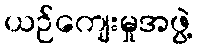
ယဉ်ကျေးမှုအဖွဲ့